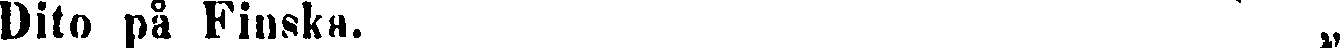
Dito på Finska. „